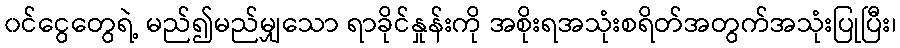
၀င်ငွေတွေရဲ့ မည်၍မည်မျှသော ရာခိုင်နှုန်းကို အစိုးရအသုံးစရိတ်အတွက်အသုံးပြုပြီး၊